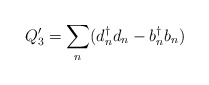
\begin{align*}Q'_3 = {\sum_n} (d_n ^\dagger d_n - b _n ^\dagger b_n )\end{align*}